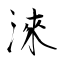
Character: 淶